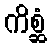
ကိစ္ဆံ